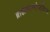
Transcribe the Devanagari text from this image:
ब्राह्मणान्भोजयित्वा